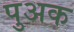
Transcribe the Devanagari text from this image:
पुअक